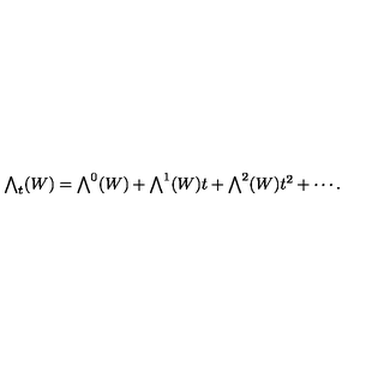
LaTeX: \textstyle \bigwedge _ { t } ( W ) = \bigwedge ^ { 0 } ( W ) + \bigwedge ^ { 1 } ( W ) t + \bigwedge ^ { 2 } ( W ) t ^ { 2 } + \cdots .